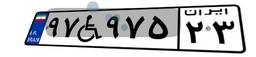
۹۷W۹۷۵۲۳